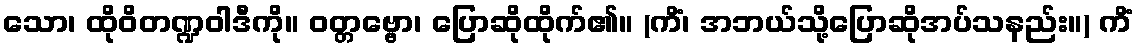
သော၊ ထိုဝိတဏ္ဍဝါဒီကို။ ဝတ္တဗ္ဗော၊ ပြောဆိုထိုက်၏။ (ကိံ၊ အဘယ်သို့ပြောဆိုအပ်သနည်း။) ကိံ